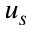
u _ { s }